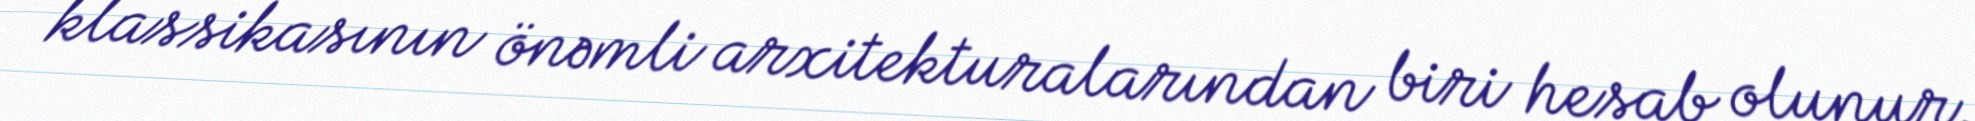
klassikasının önəmli arxitekturalarından biri hesab olunur.